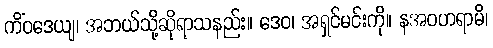
ကိံဝဒေယျ၊ အဘယ်သို့ဆိုရာသနည်း။ ဒေဝ၊ အရှင်မင်းကို။ နအဝဟရာမိ၊